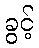
ခွင့်